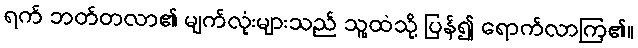
ရက် ဘတ်တလာ၏ မျက်လုံးများသည် သူ့ထံသို့ ပြန်၍ ရောက်လာကြ၏။